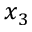
x _ { 3 }